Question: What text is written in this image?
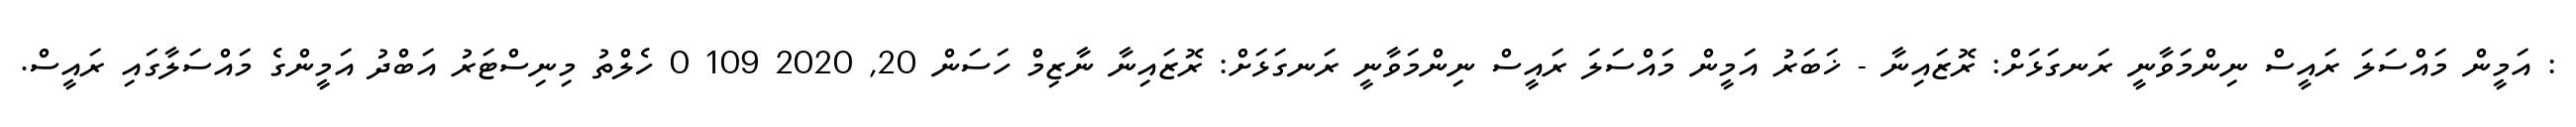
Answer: : އަމީން މައްސަލަ ރައީސް ނިންމަވާނީ ރަނގަޅަށް: ރޮޒައިނާ - ޚަބަރު އަމީން މައްސަލަ ރައީސް ނިންމަވާނީ ރަނގަޅަށް: ރޮޒައިނާ ނާޒިމް ހަސަން 20, 2020 109 0 ހެލްތު މިނިސްޓަރު އަބްދު އަމީންގެ މައްސަލާގައި ރައީސް.